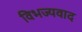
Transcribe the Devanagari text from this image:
विभज्यवाद